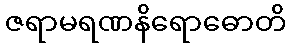
ဇရာမရဏနိရောဓောတိ